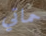
حماتي